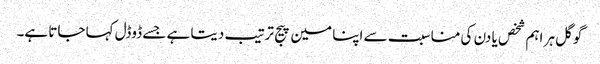
گوگل ہر اہم شخص یا دن کی مناسبت سے اپنا مین پیج ترتیب دیتا ہے جسے ڈوڈل کہا جاتا ہے۔